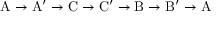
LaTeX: \mathrm { A \to A ^ { \prime } \to C \to C ^ { \prime } \to B \to B ^ { \prime } \to A }